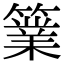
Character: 𥴼